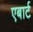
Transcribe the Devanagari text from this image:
एबार्ट